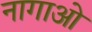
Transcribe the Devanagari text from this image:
नागाओ